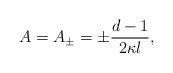
LaTeX: \begin{align*}A=A_{\pm}= \pm \frac{d-1}{2 \kappa l},\end{align*}